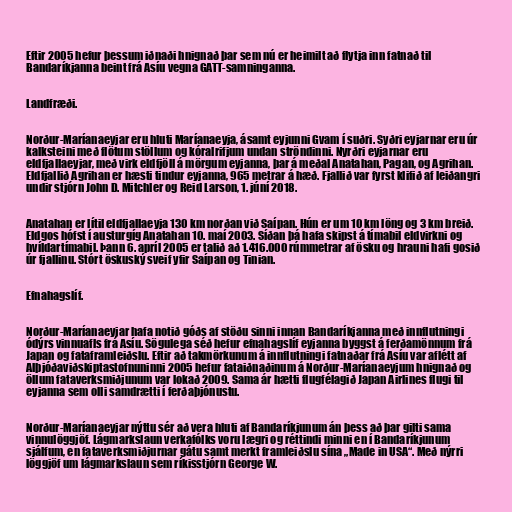
Eftir 2005 hefur þessum iðnaði hnignað þar sem nú er heimilt að flytja inn fatnað til
Bandaríkjanna beint frá Asíu vegna GATT-samninganna.

Landfræði.

Norður-Maríanaeyjar eru hluti Maríanaeyja, ásamt eyjunni Gvam í suðri. Syðri eyjarnar eru úr
kalksteini með flötum stöllum og kóralrifjum undan ströndinni. Nyrðri eyjarnar eru
eldfjallaeyjar, með virk eldfjöll á mörgum eyjanna, þar á meðal Anatahan, Pagan, og Agrihan.
Eldfjallið Agrihan er hæsti tindur eyjanna, 965 metrar á hæð. Fjallið var fyrst klifið af leiðangri
undir stjórn John D. Mitchler og Reid Larson, 1. júní 2018.

Anatahan er lítil eldfjallaeyja 130 km norðan við Saípan. Hún er um 10 km löng og 3 km breið.
Eldgos hófst í austurgíg Anatahan 10. maí 2003. Síðan þá hafa skipst á tímabil eldvirkni og
hvíldartímabil. Þann 6. apríl 2005 er talið að 1.416.000 rúmmetrar af ösku og hrauni hafi gosið
úr fjallinu. Stórt öskuský sveif yfir Saípan og Tinian.

Efnahagslíf.

Norður-Maríanaeyjar hafa notið góðs af stöðu sinni innan Bandaríkjanna með innflutningi
ódýrs vinnuafls frá Asíu. Sögulega séð hefur efnahagslíf eyjanna byggst á ferðamönnum frá
Japan og fataframleiðslu. Eftir að takmörkunum á innflutningi fatnaðar frá Asíu var aflétt af
Alþjóðaviðskiptastofnuninni 2005 hefur fataiðnaðinum á Norður-Maríanaeyjum hnignað og
öllum fataverksmiðjunum var lokað 2009. Sama ár hætti flugfélagið Japan Airlines flugi til
eyjanna sem olli samdrætti í ferðaþjónustu.

Norður-Maríanaeyjar nýttu sér að vera hluti af Bandaríkjunum án þess að þar gilti sama
vinnulöggjöf. Lágmarkslaun verkafólks voru lægri og réttindi minni en í Bandaríkjunum
sjálfum, en fataverksmiðjurnar gátu samt merkt framleiðslu sína „Made in USA“. Með nýrri
löggjöf um lágmarkslaun sem ríkisstjórn George W.